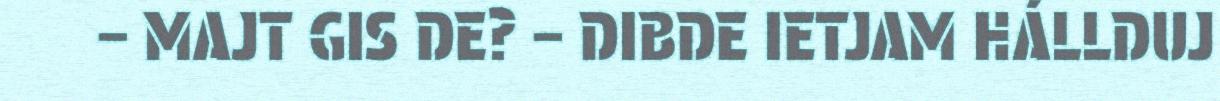
– MAJT GIS DE? – DIBDE IETJAM HÁLLDUJ